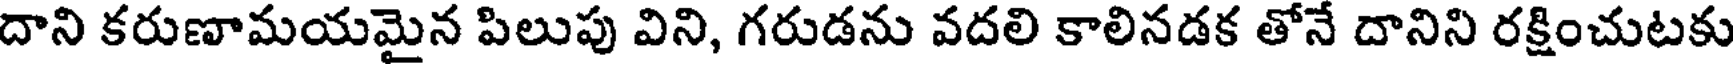
దాని కరుణామయమైన పిలుపు విని, గరుడను వదలి కాలినడక తోనే దానిని రక్షించుటకు